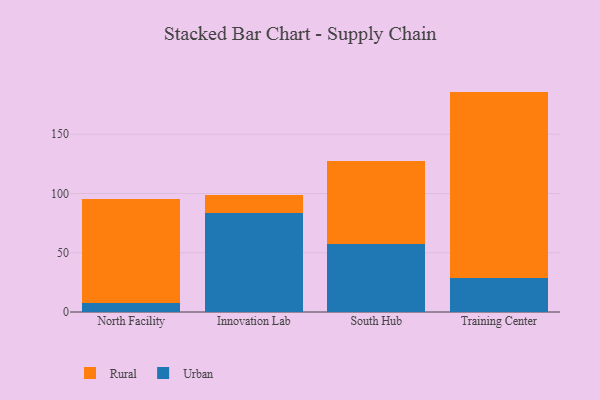
{"axis": {"x": "Campus", "y": "Page Views"}, "legend": ["Rural", "Urban"], "data": [{"x": "North Facility", "y": 7.7, "type": "Urban"}, {"x": "North Facility", "y": 87.9, "type": "Rural"}, {"x": "Innovation Lab", "y": 83.9, "type": "Urban"}, {"x": "Innovation Lab", "y": 14.8, "type": "Rural"}, {"x": "South Hub", "y": 57.5, "type": "Urban"}, {"x": "South Hub", "y": 70.2, "type": "Rural"}, {"x": "Training Center", "y": 29.1, "type": "Urban"}, {"x": "Training Center", "y": 156.9, "type": "Rural"}]}